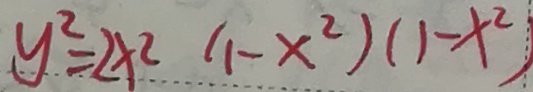
y ^ { 2 } = 2 x ^ { 2 } ( 1 - x ^ { 2 } ) ( 1 - x ^ { 2 } )